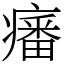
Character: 𤺏